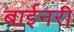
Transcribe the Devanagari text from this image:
बाईनरी